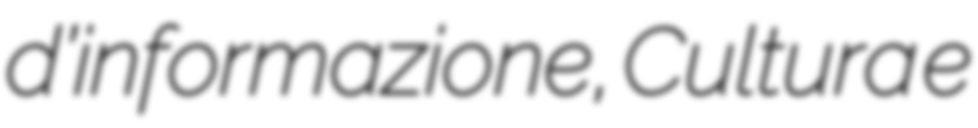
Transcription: d’informazione, Cultura e